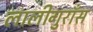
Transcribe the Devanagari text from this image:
लालीगुराँस